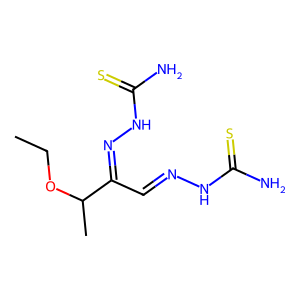
SMILES: CCOC(C)C(C=NNC(N)=S)=NNC(N)=S
Inhibits HIV replication: No